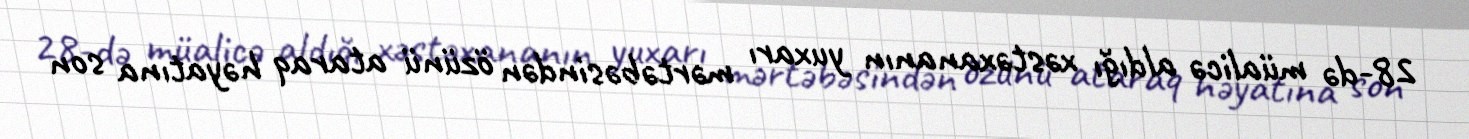
28-də müalicə aldığı xəstəxananın yuxarı mərtəbəsindən özünü ataraq həyatına son